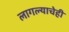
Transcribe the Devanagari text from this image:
लागल्याचेही